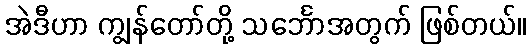
အဲဒီဟာ ကျွန်တော်တို့ သင်္ဘောအတွက် ဖြစ်တယ်။